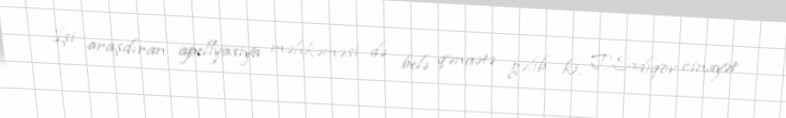
İşi araşdıran apellyasiya məhkəməsi də belə qənaətə gəlib ki, T.Sadıqov cinayət